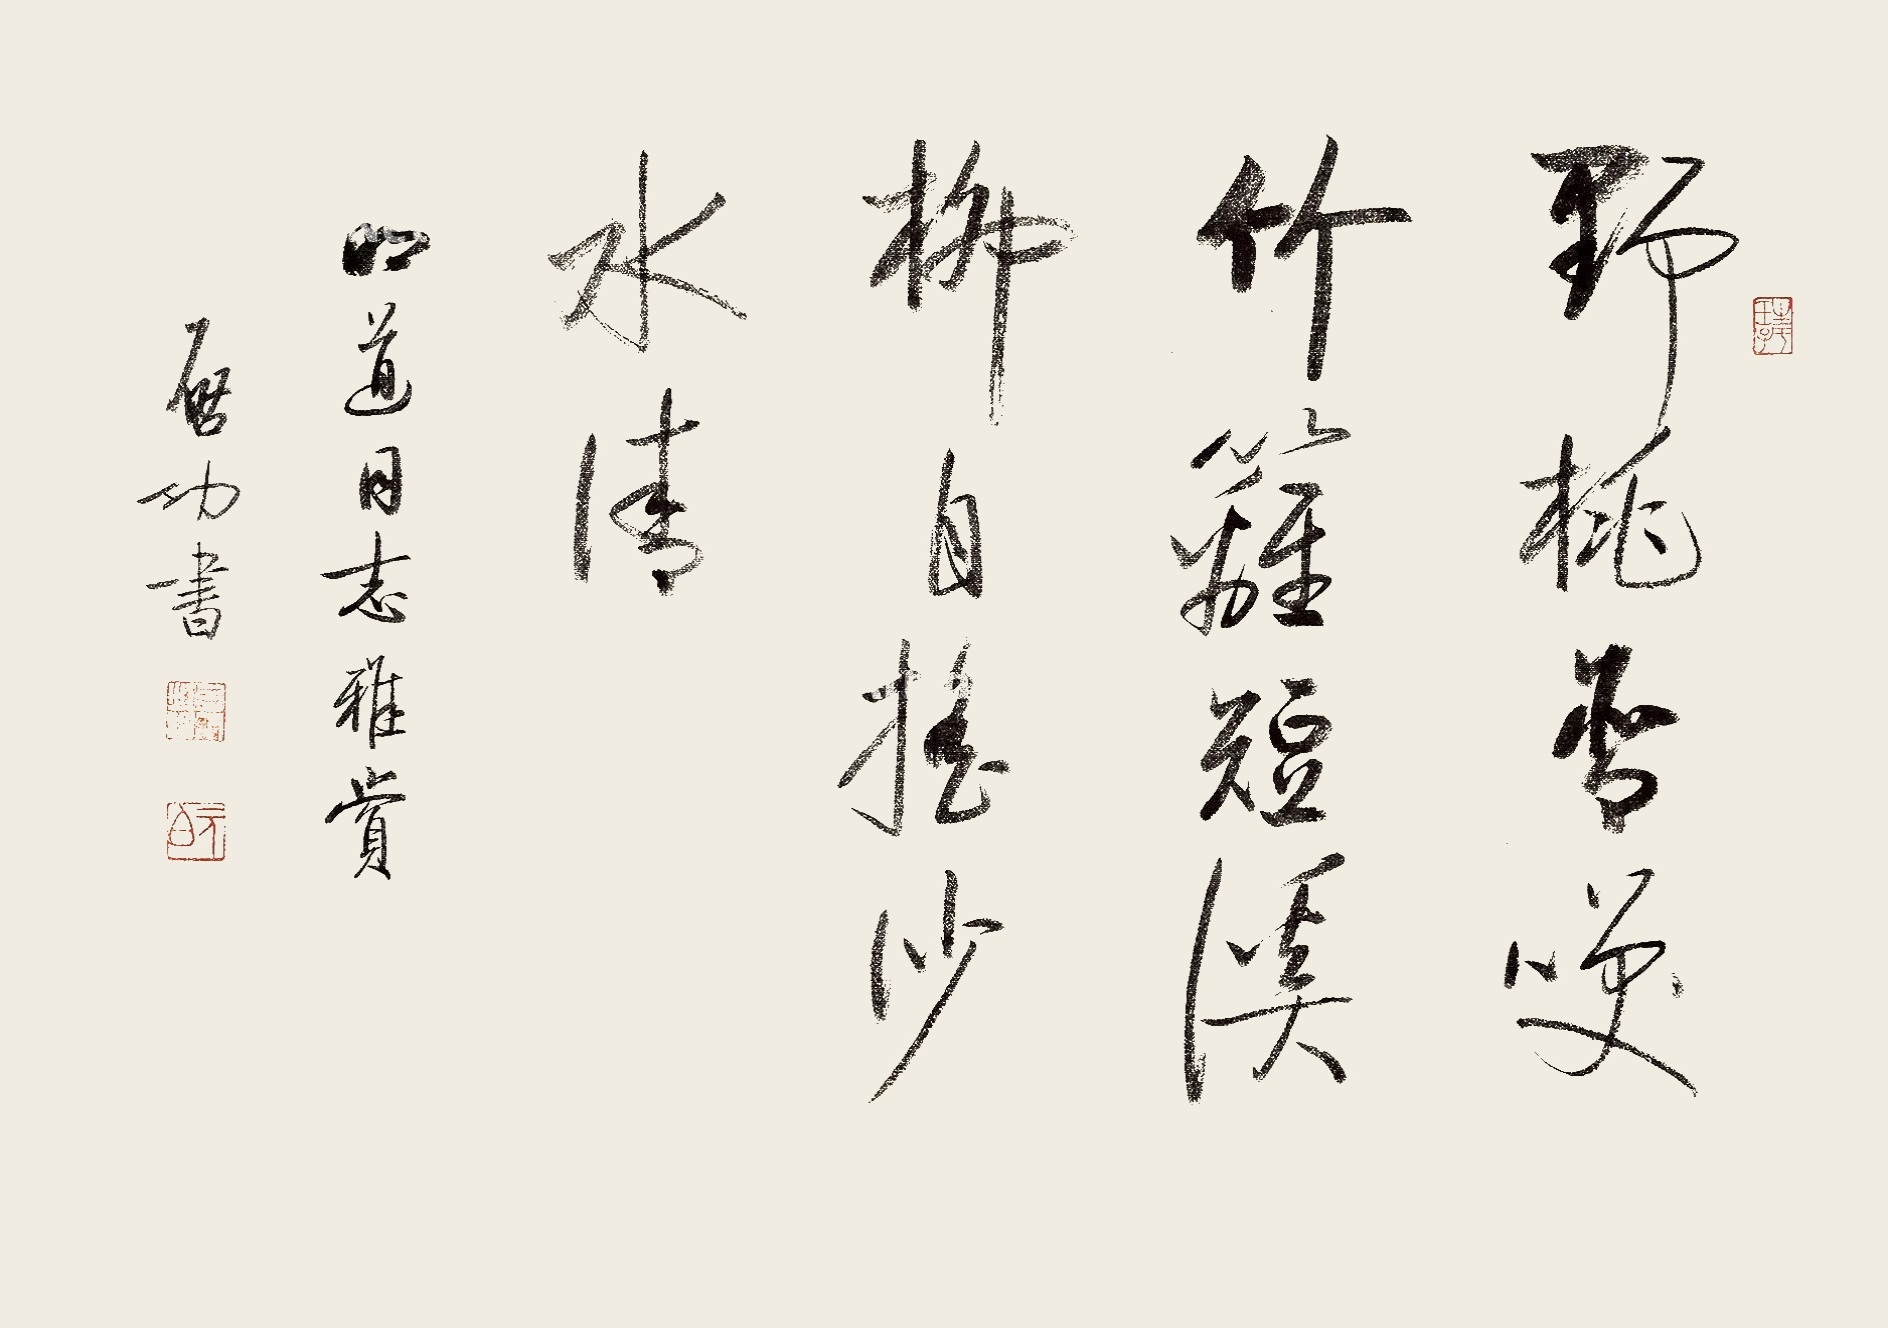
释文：野桃含笑竹篱短，溪柳自摇沙水清。明道同志雅赏。启功书。